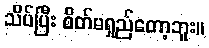
သိပ်ပြီး စိတ်မရှည်တော့ဘူး။